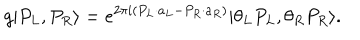
g | P _ { L } , P _ { R } \rangle = e ^ { 2 \pi i ( P _ { L } \cdot a _ { L } - P _ { R } \cdot a _ { R } ) } | \theta _ { L } P _ { L } , \theta _ { R } P _ { R } \rangle .